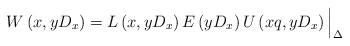
LaTeX: \begin{align*}W\left(x, yD_x \right) = L \left(x, yD_x \right) E\left( yD_x \right) U \left(xq, yD_x \right) \Big|_\Delta\end{align*}